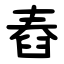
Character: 舂